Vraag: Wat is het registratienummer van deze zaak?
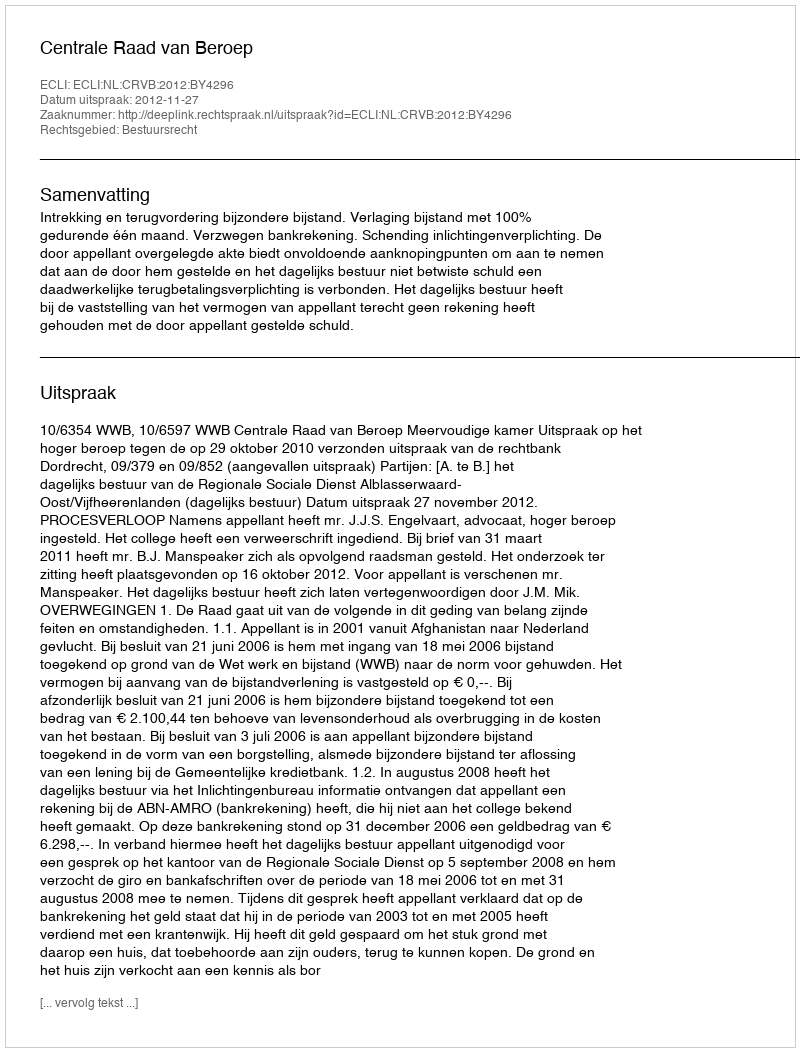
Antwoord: http://deeplink.rechtspraak.nl/uitspraak?id=ECLI:NL:CRVB:2012:BY4296